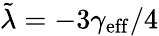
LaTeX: \tilde{\lambda}=-3\gamma_{\mathrm{eff}}/4